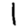
Digit: 1